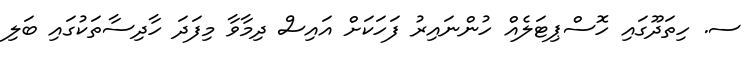
ސ. ހިތަދޫގައި ހޮސްޕިޓަލެއް ހުންނައިރު ފަހަކަށް އައިސް ދިމާވާ މިފަދަ ހާދިސާތަކުގައި ބަލި